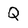
Character: Q